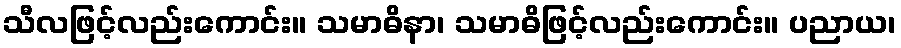
သီလဖြင့်လည်းကောင်း။ သမာဓိနာ၊ သမာဓိဖြင့်လည်းကောင်း။ ပညာယ၊